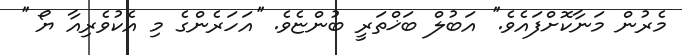
މެރުން މަނާކޮށްފައެވެ.'' އަބުލް ބަޚްތަރީ ބުންޏެވެ. ''އަހަރެންގެ މި އެކުވެރިއާ ޔޯ ''